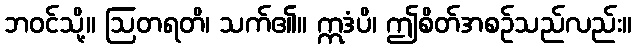
ဘဝင်သို့။ ဩတရတိ၊ သက်၏။ ဣဒံပိ၊ ဤစိတ်အစဉ်သည်လည်း။